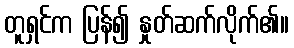
တူရှင်က ပြန်၍ နှုတ်ဆက်လိုက်၏။